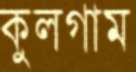
কুলগাম